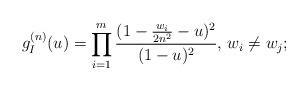
LaTeX: \begin{align*} g_I^{(n)} (u) = \prod_{i = 1}^m \frac{(1 - \frac{w_i}{2n^2} - u)^2}{ (1 - u)^2 } , \, w_i \ne w_j ; \end{align*}